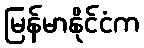
မြန်မာနိုင်ငံက